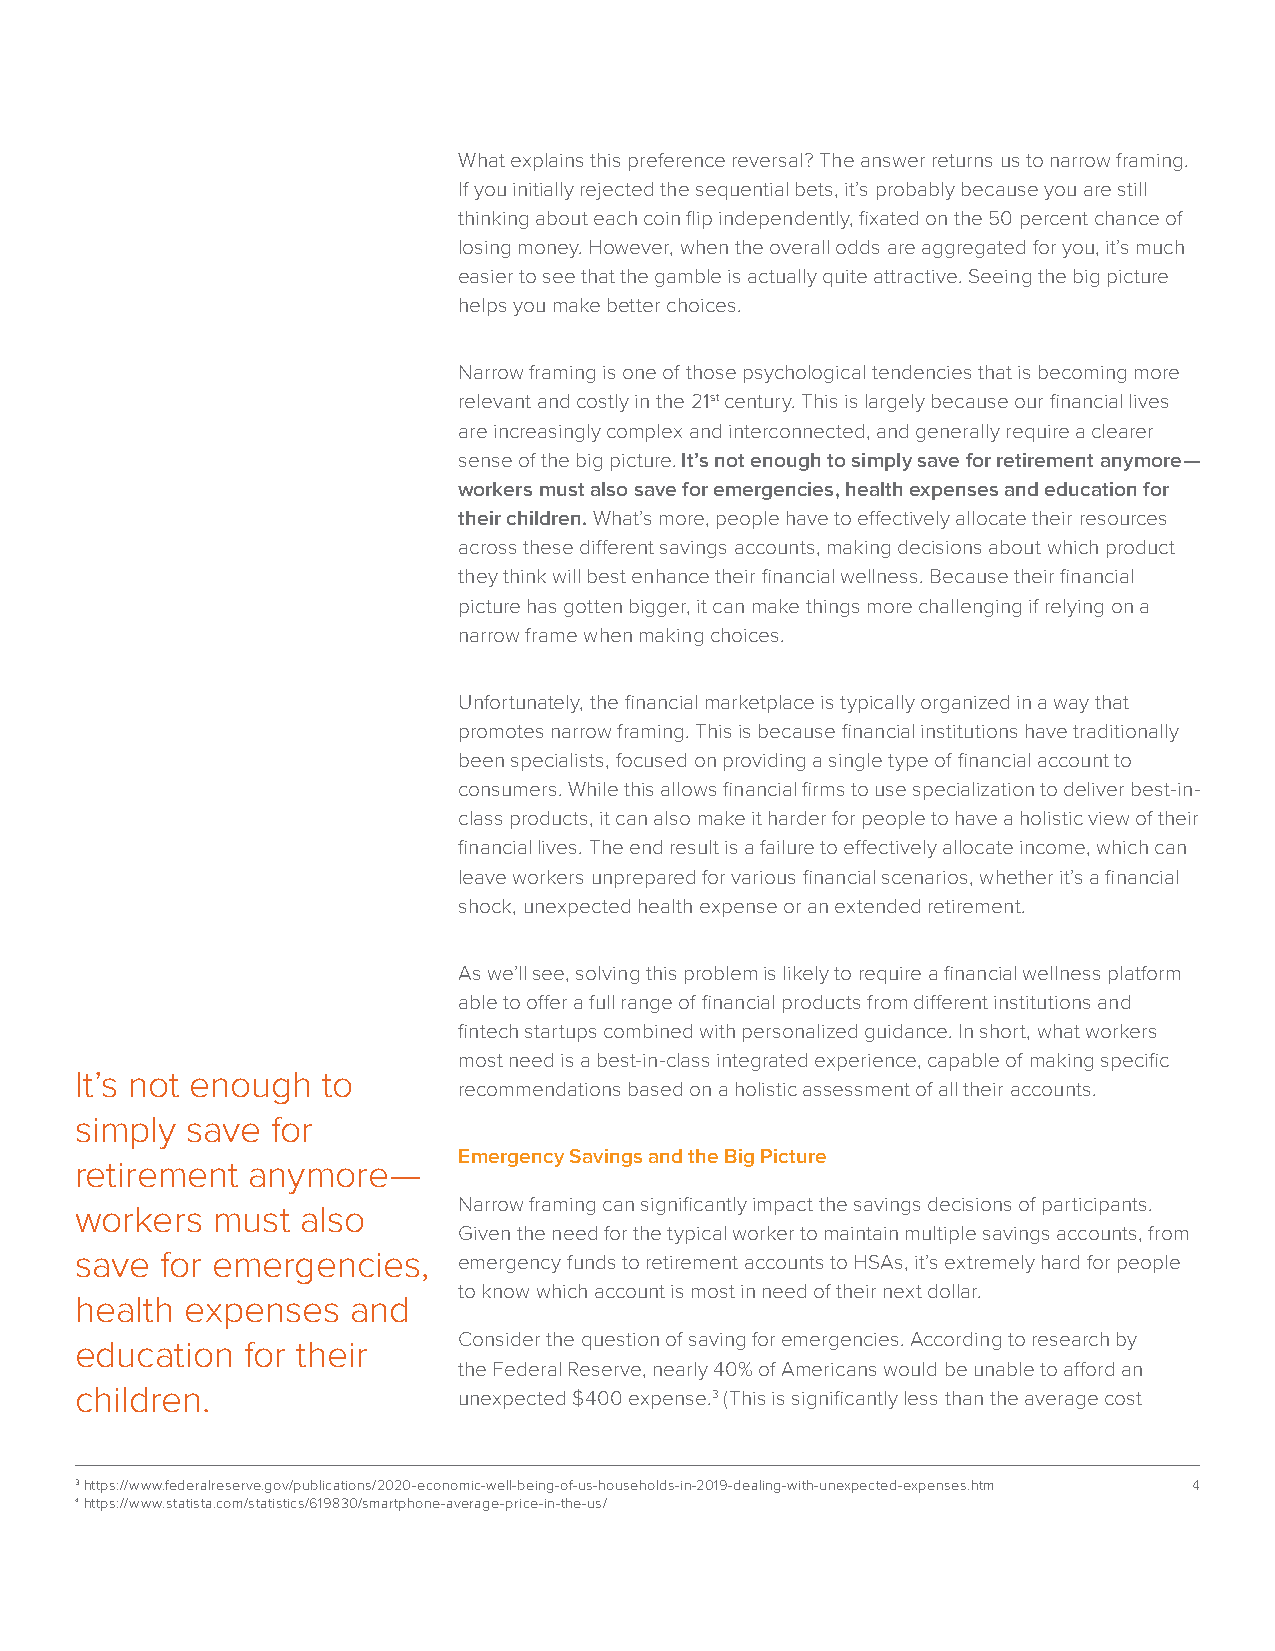
What explains this preference reversal? The answer returns us to narrow framing.
 If you initially rejected the sequential bets, it’s probably because you are still
 thinking about each coin flip independently, fixated on the 50 percent chance of
 losing money. However, when the overall odds are aggregated for you, it’s much
 easier to see that the gamble is actually quite attractive. Seeing the big picture
 helps you make better choices.
 Narrow framing is one of those psychological tendencies that is becoming more
 relevant and costly in the 21st century. This is largely because our financial lives
 are increasingly complex and interconnected, and generally require a clearer
 sense of the big picture. It’s not enough to simply save for retirement anymore—
 workers must also save for emergencies, health expenses and education for
 their children. What’s more, people have to effectively allocate their resources
 across these different savings accounts, making decisions about which product
 they think will best enhance their financial wellness. Because their financial
 picture has gotten bigger, it can make things more challenging if relying on a
 narrow frame when making choices.
 Unfortunately, the financial marketplace is typically organized in a way that
 promotes narrow framing. This is because financial institutions have traditionally
 been specialists, focused on providing a single type of financial account to
 consumers. While this allows financial firms to use specialization to deliver best-in-
 class products, it can also make it harder for people to have a holistic view of their
 financial lives. The end result is a failure to effectively allocate income, which can
 leave workers unprepared for various financial scenarios, whether it’s a financial
 shock, unexpected health expense or an extended retirement.
 As we’ll see, solving this problem is likely to require a financial wellness platform
 able to offer a full range of financial products from different institutions and
 fintech startups combined with personalized guidance. In short, what workers
 most need is a best-in-class integrated experience, capable of making specific
 It’s not enough to
 recommendations based on a holistic assessment of all their accounts.
 simply save  for
 Emergency Savings and the Big Picture
 retirement anymore—
 Narrow framing can significantly impact the savings decisions of participants.
 workers  must  also
 Given the need for the typical worker to maintain multiple savings accounts, from
 save  for emergencies,   emergency funds to retirement accounts to HSAs, it’s extremely hard for people
 to know which account is most in need of their next dollar.
 health expenses   and
 Consider the question of saving for emergencies. According to research by
 education  for their
 the Federal Reserve, nearly 40% of Americans would be unable to afford an
 children.                unexpected $400 expense.3 (This is significantly less than the average cost
 3 h ttps://www.federalreserve.gov/publications/2020-economic-well-being-of-us-households-in-2019-dealing-with-unexpected-expenses.htm 4
 4 https://www.statista.com/statistics/619830/smartphone-average-price-in-the-us/